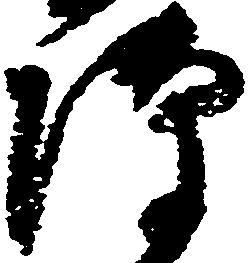
隙